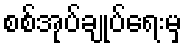
စစ်အုပ်ချုပ်ရေးမှ